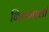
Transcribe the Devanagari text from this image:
नियमाशी